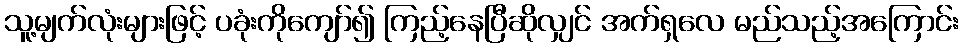
သူ့မျက်လုံးများဖြင့် ပခုံးကိုကျော်၍ ကြည့်နေပြီဆိုလျှင် အက်ရှလေ မည်သည့်အကြောင်း